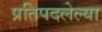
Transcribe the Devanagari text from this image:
प्रतिपदलेल्या